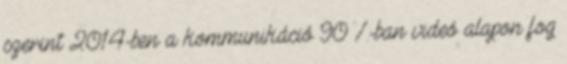
szerint 2014-ben a kommunikáció 90 %-ban videó alapon fog